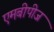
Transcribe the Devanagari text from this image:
एमबीपीज